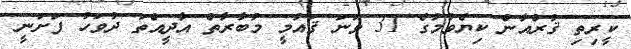
ކީރިތި ޤުރްއާން ކިޔެވުމުގެ 31 ވަނަ ޤައުމީ މުބާރާތް އާދީއްތަ ދުވަހު ފަށަނީ